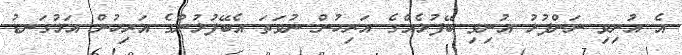
އެ އުނިވި ނަންފުޅު އުނިވި ބޭފުޅެއްގެ އަރިހުން ނުވަތަ އެބޭފުޅުންގެ އަރިހުން އަޅުގަނޑު